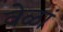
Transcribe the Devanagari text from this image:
वेळां